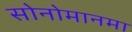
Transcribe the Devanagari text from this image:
सोनोमानमा